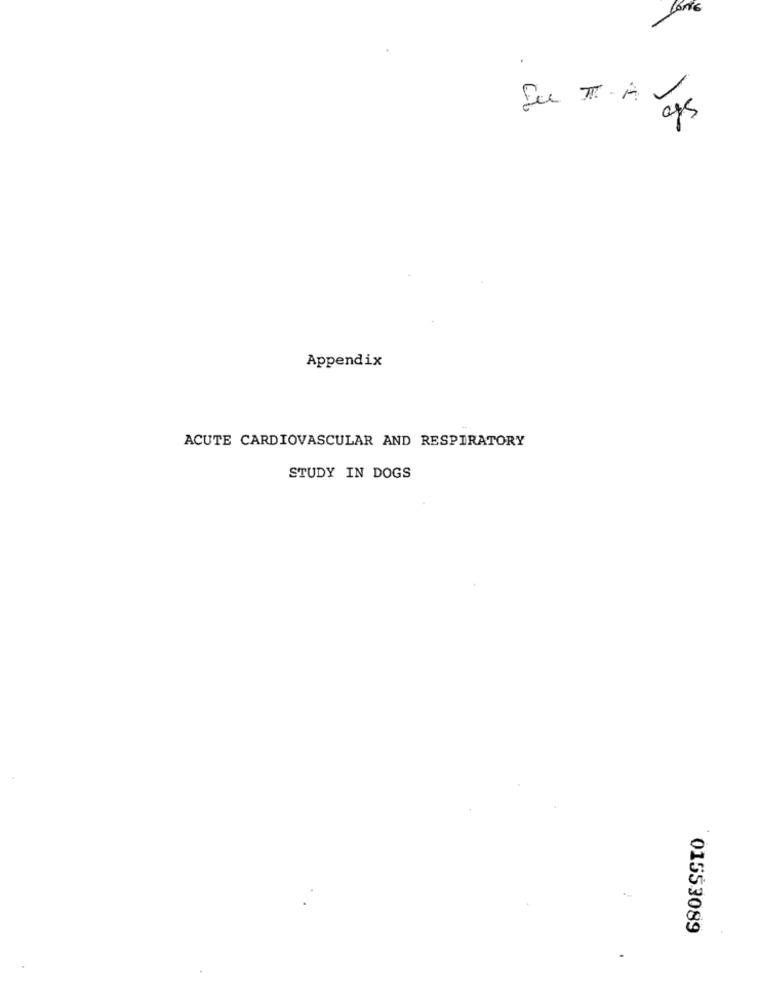
aps
Appendix
ACUTE CARDIOVASCULAR AND RESPIRATORY
STUDY IN DOGS
01553089